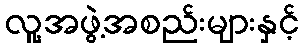
လူ့အဖွဲ့အစည်းများနှင့်